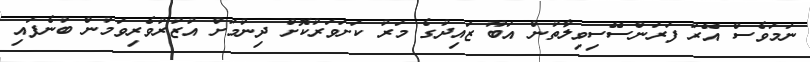
ނަމަވެސް އޭރު ފަރަންސޭސިވިލާތުން އަބޫ ޒައިދުގެ މަރު ކަށަވަރުކޮށް ދިނުމަށް އުޒުރުވެރިވަމުން ބުނެފައި